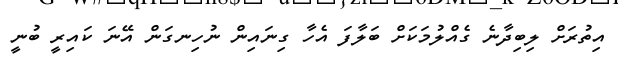
އިތުރަށް ލިބިދާނެ ގެއްލުމަކަށް ބަލާފަ އެހާ ގިނައިން ނުހިނގަން އޭނަ ކައިރީ ބުނީ